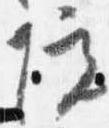
院